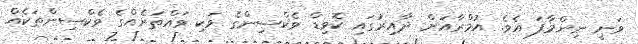
ވަނީ ނިންމާފަ އެވެ. އުމްރާއަށް ދާއިރުގައި ކޮވިޑް ވެކްސިންގެ ވަކި ވައްތަރެއްގެ ވެކްސިންތަކެއް